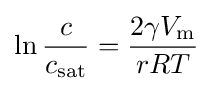
\ln {\frac {c}{c_{\rm {sat}}}}={\frac {2\gamma V_{\text{m}}}{rRT}}